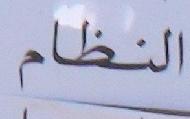
النظاام